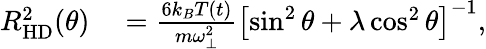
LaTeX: \begin{array}{rl}{R_{\mathrm{HD}}^{2}(\theta)}&{{}=\frac{6k_{B}T(t)}{m\omega_{\perp}^{2}}\left[\sin^{2}\theta+\lambda\cos^{2}\theta\right]^{-1},}\end{array}